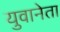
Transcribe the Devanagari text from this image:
युवानेता